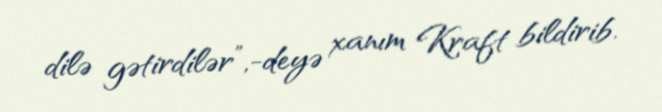
dilə gətirdilər”,-deyə xanım Kraft bildirib.